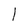
Character: l